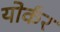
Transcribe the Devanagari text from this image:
योर्कर